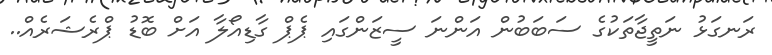
ރަނގަޅު ނަތީޖާތަކުގެ ސަބަބުން އަންނަ ސީޒަންގައި ޕެޕް ގާޑިއޯލާ އަށް ބޮޑު ޕްރެޝަރެއް..